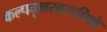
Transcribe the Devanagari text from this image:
कल्पवृक्षस्वरूपिणे